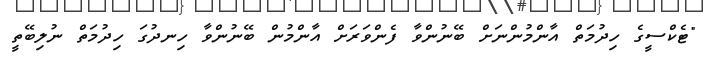
"ޓެކްސީގެ ހިދުމަތް އާންމުންނަށް ބޭނުންވާ ފެންވަރަށް އާންމުން ބޭނުންވާ ހިނދުގަ ހިދުމަތް ނުލިބޭތީ